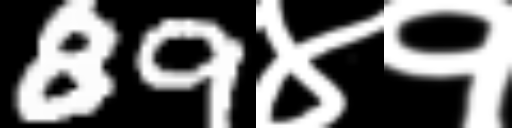
Text: 89४१